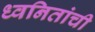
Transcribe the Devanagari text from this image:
ध्वनितांची